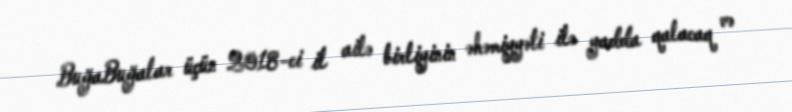
BuğaBuğalar üçün 2018-ci il ailə birliyinin əhəmiyyəti ilə yadda qalacaq və